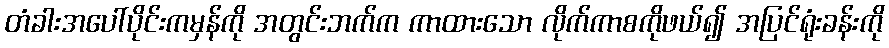
တံခါးအပေါ်ပိုင်းကမှန်ကို အတွင်းဘက်က ကာထားသော လိုက်ကာစကိုဖယ်၍ အပြင်ရုံးခန်းကို